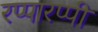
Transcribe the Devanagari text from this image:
रप्पारप्पी